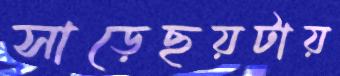
সাড়েছয়টায়